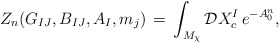
\begin{align*}Z_n(G_{IJ},B_{IJ},A_I,m_j)\,=\, \int_{M_{\chi}} {\cal D}X^I_{c}\,e^{-A^n_{0}},\end{align*}